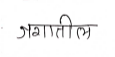
मजकूर: जगातील